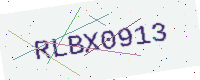
Text: RLBX0913